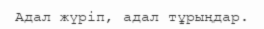
Адал жүріп, адал тұрыңдар.